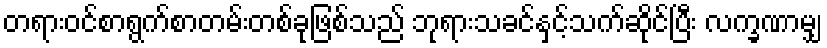
တရားဝင်စာရွက်စာတမ်းတစ်ခုဖြစ်သည် ဘုရားသခင်နှင့်သက်ဆိုင်ပြီး လက္ခဏာမျှ